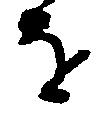
を